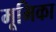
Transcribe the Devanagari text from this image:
मूमिका